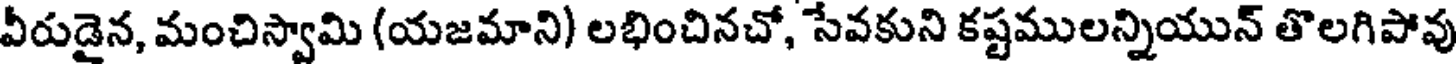
వీరుడైన, మంచిస్వామి (యజమాని) లభించినచో, సేవకుని కష్టములన్నియున్ తొలగిపోవు